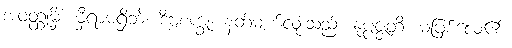
အဝတ္ထုမှိံ၊ မှီရာမရှိဘဲ။ ဒိဗ္ဗစက္ခု၊ နတ်မျက်လုံးသည်။ နုပ္ပဇ္ဇတိ၊ မဖြစ်လေ၏။